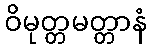
ဝိမုတ္တမတ္တာနံ